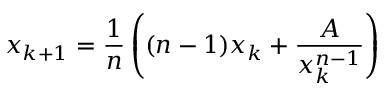
x _ { k + 1 } = { \frac { 1 } { n } } \left( { ( n - 1 ) x _ { k } + { \frac { A } { x _ { k } ^ { n - 1 } } } } \right)